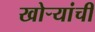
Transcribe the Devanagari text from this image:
खोऱ्यांची